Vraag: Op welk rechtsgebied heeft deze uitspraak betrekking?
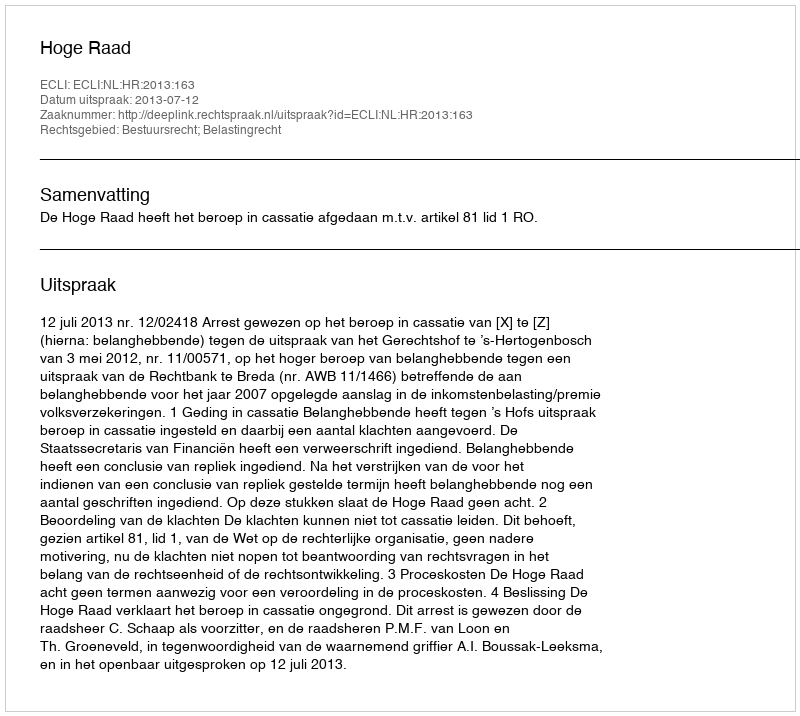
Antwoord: Bestuursrecht; Belastingrecht